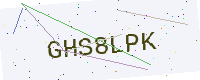
Text: GHS8LPK